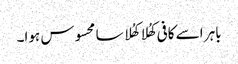
باہر اسے کافی کھُلا کھُلا سا محسوس ہوا۔